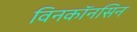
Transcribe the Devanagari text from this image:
विनकॉनसिन